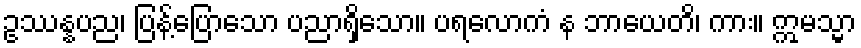
ဥဿန္နပည၊ ပြန့်ပြောသော ပညာရှိသော။ ပရလောကံ န ဘာယေတိ၊ ကား။ ဣမသ္မာ